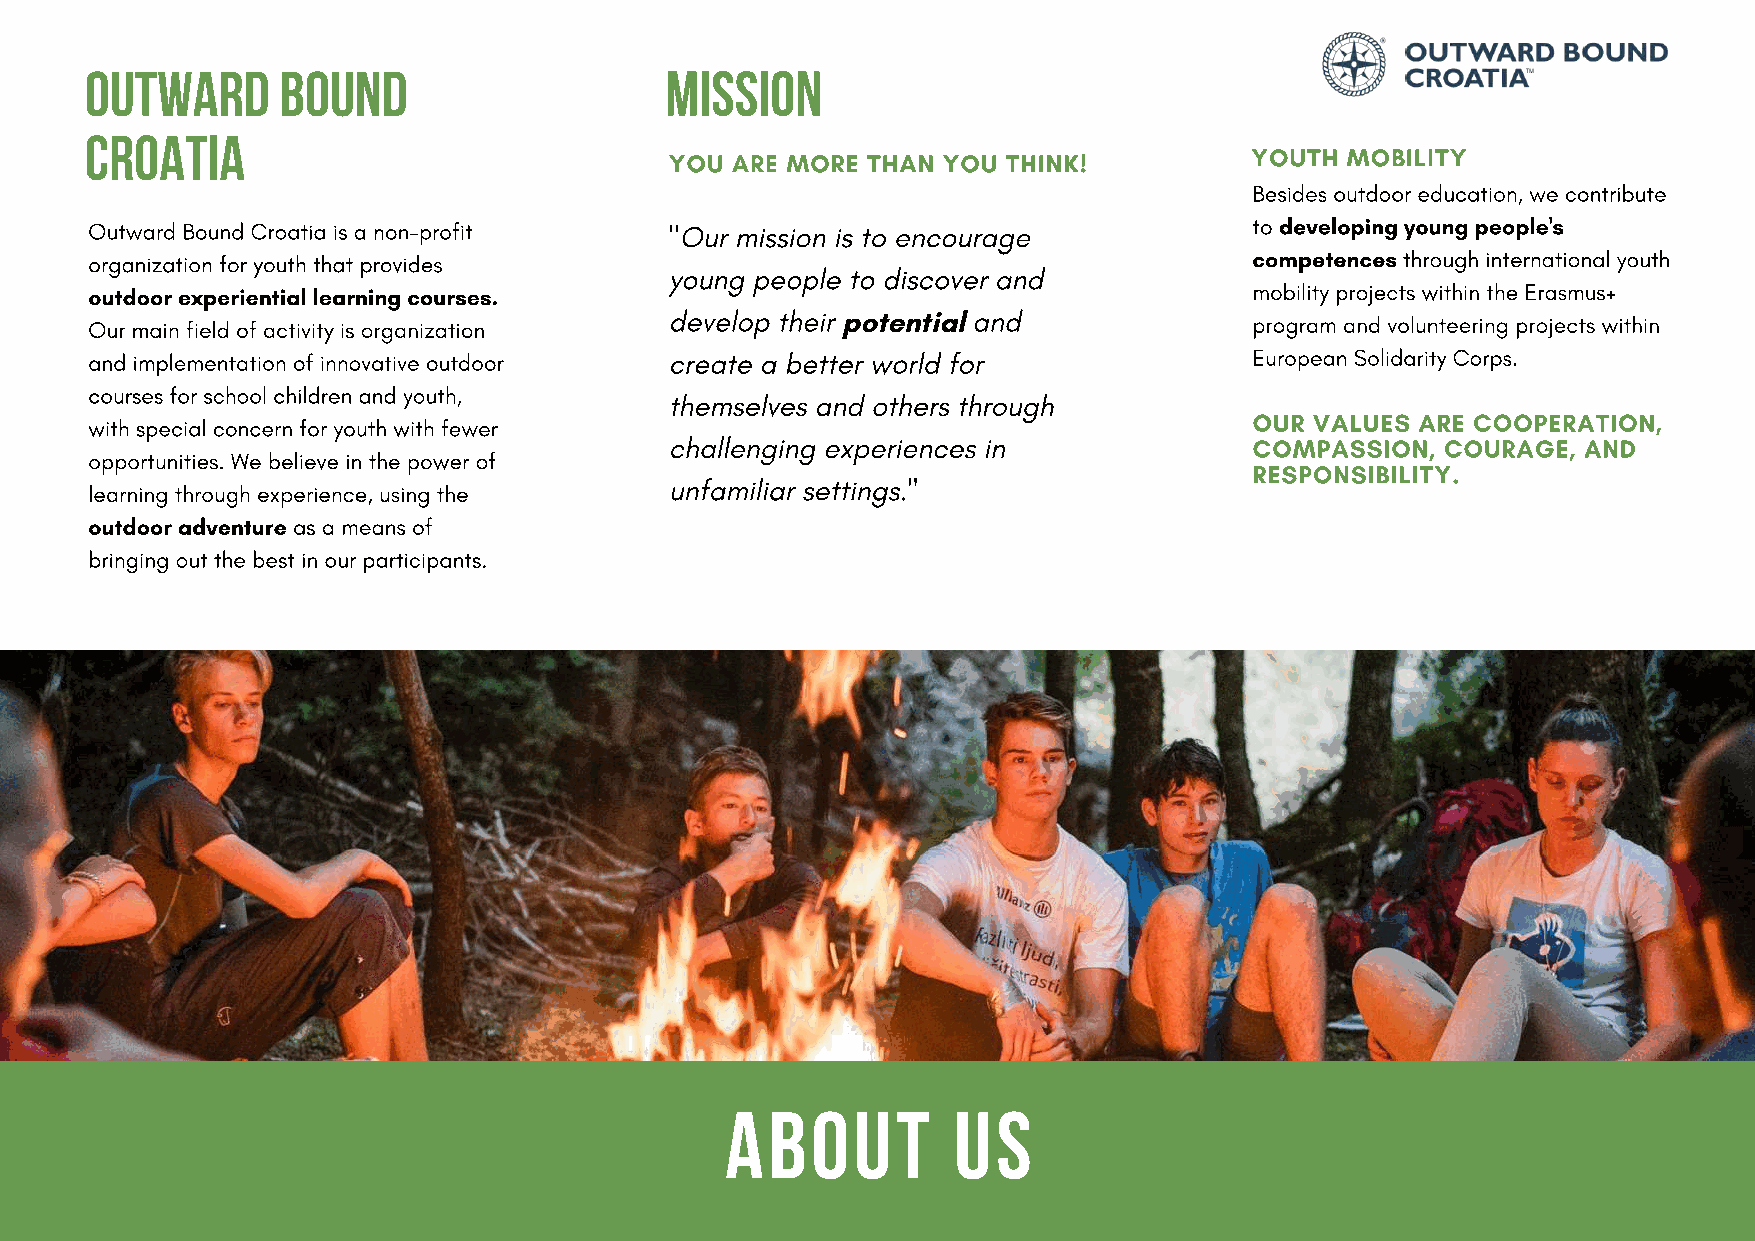
OUTWARD     BOUND                     MISSION
 CROATIA
 YOU ARE MORE THAN YOU  THINK!          YOUTH MOBILITY
 Besides outdoor education, we contribute
 Outward Bound Croatia is a non-profit "Our mission is to encourage           to developing young people's
 organization for youth that provides                                         competences through international youth
 young people to discover and
 outdoor experiential learning courses.                                       mobility projects within the Erasmus+
 develop their       and
 Our main field of activity is organization        potential                  program and volunteering projects within
 and implementation of innovative outdoor create a better world for           European Solidarity Corps.
 courses for school children and youth, themselves and others through
 OUR VALUES ARE COOPERATION,
 with special concern for youth with fewer
 challenging experiences in             COMPASSION,  COURAGE, AND
 opportunities. We believe in the power of
 RESPONSIBILITY.
 unfamiliar settings."
 learning through experience, using the
 outdoor adventure as a means of
 bringing out the best in our participants.
 ABOUT          US